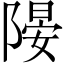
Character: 𨻂